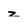
Character: z